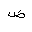
Letter: _dad